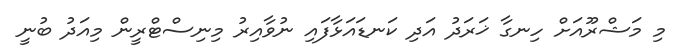
މި މަޝްރޫއަށް ހިނގާ ޚަރަދު އަދި ކަނޑައަޅާފައި ނުވާއިރު މިނިސްޓްރީން މިއަދު ބުނީ